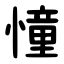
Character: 憧